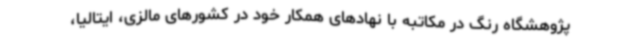
پژوهشگاه رنگ در مکاتبه با نهادهای همکار خود در کشورهای مالزی، ایتالیا،